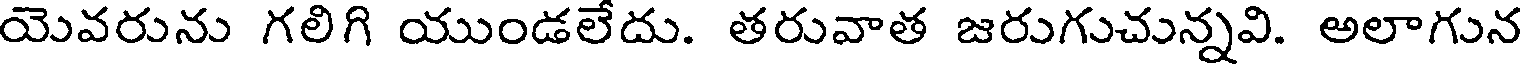
యెవరును గలిగి యుండలేదు. తరువాత జరుగుచున్నవి. అలాగున